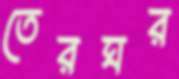
তেরঘর